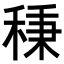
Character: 𥟱